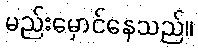
မည်းမှောင်နေသည်။